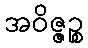
အဝိဇ္ဇဉ္စ